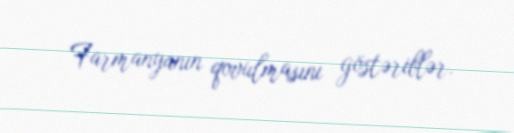
Farmanyanın qovulmasını göstəriblər.